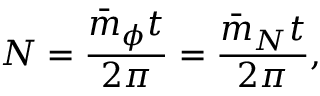
N = \frac { \bar { m } _ { \phi } t } { 2 \pi } = \frac { \bar { m } _ { N } t } { 2 \pi } ,